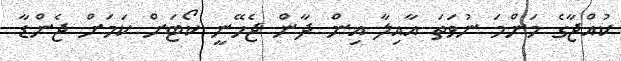
ކުއްޖާގެ މަންމަ ނުވަތަ އާއިލާ އިން ދާން ޖެހޭނީ ކޯޓަށް ކަމަށް ޖެންޑާ